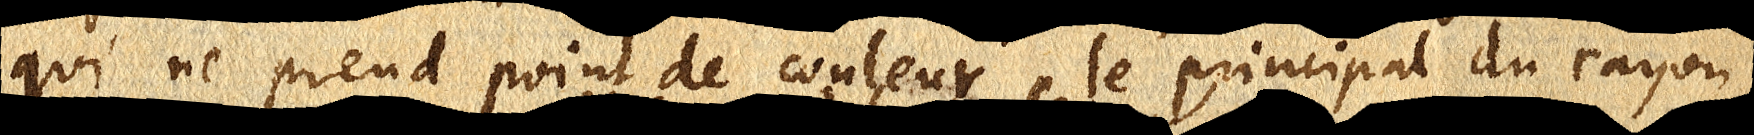
qui ne prend point de couleur le principal du rayon